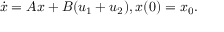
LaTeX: { \dot { x } } = A x + B ( u _ { 1 } + u _ { 2 } ) , x ( 0 ) = x _ { 0 } .